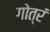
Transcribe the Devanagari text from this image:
गोत्रं